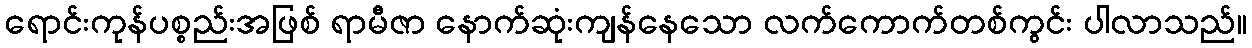
ရောင်းကုန်ပစ္စည်းအဖြစ် ရာမီဇာ နောက်ဆုံးကျန်နေသော လက်ကောက်တစ်ကွင်း ပါလာသည်။